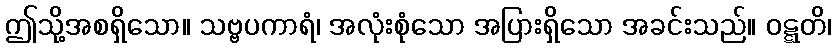
ဤသို့အစရှိသော။ သဗ္ဗပကာရံ၊ အလုံးစုံသော အပြားရှိသော အခင်းသည်။ ဝဋ္ဋတိ၊